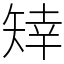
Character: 䂔